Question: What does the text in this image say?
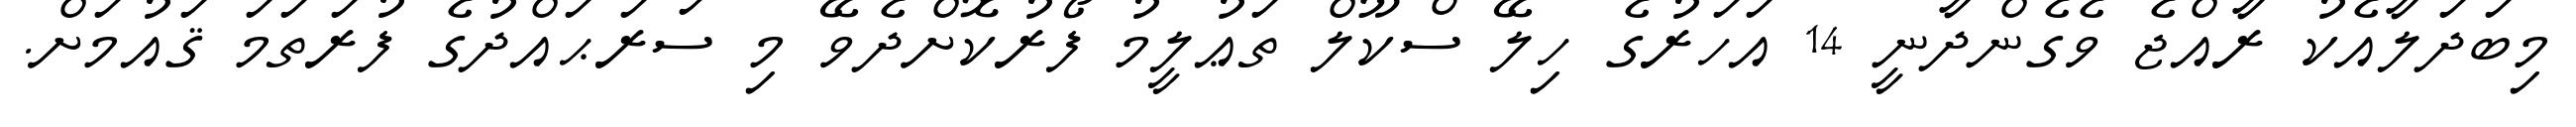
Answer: މިބަދަލާއެކު ރާއްޖެ ވެގެންދާނީ 14 އަހަރުގެ ހިލޭ ސްކޫލް ތަޢުލީމު ފޯރުކޮށްދެވޭ މި ސަރަޙައްދުގެ ފުރަތަމަ ޤައުމަށް.